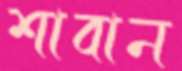
শাবান